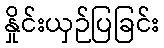
နှိုင်းယှဉ်ပြခြင်း